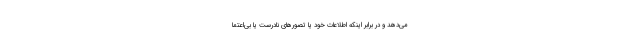
می‌دهد و در برابر اینکه اطلاعات خود یا تصورهای نادرست یا بی‌اعتما